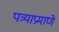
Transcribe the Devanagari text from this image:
पत्र्याप्रमाणे